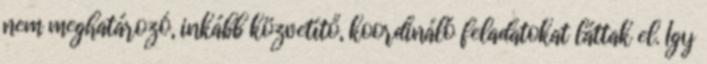
nem meghatározó, inkább közvetítő, ko­ordináló fel­adatokat láttak el. Így